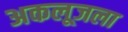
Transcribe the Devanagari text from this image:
अकलूजला